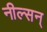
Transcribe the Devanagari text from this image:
नील्सन्